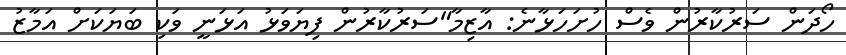
ހޯދަން ސަރުކާރުން ވެސް ހުށަހަޅާނެ: އާޒިމާ"ސަރުކާރުން ފިޔަވަޅު އަޅަނީ ވަކި ބަޔަކަށް އަމާޒު